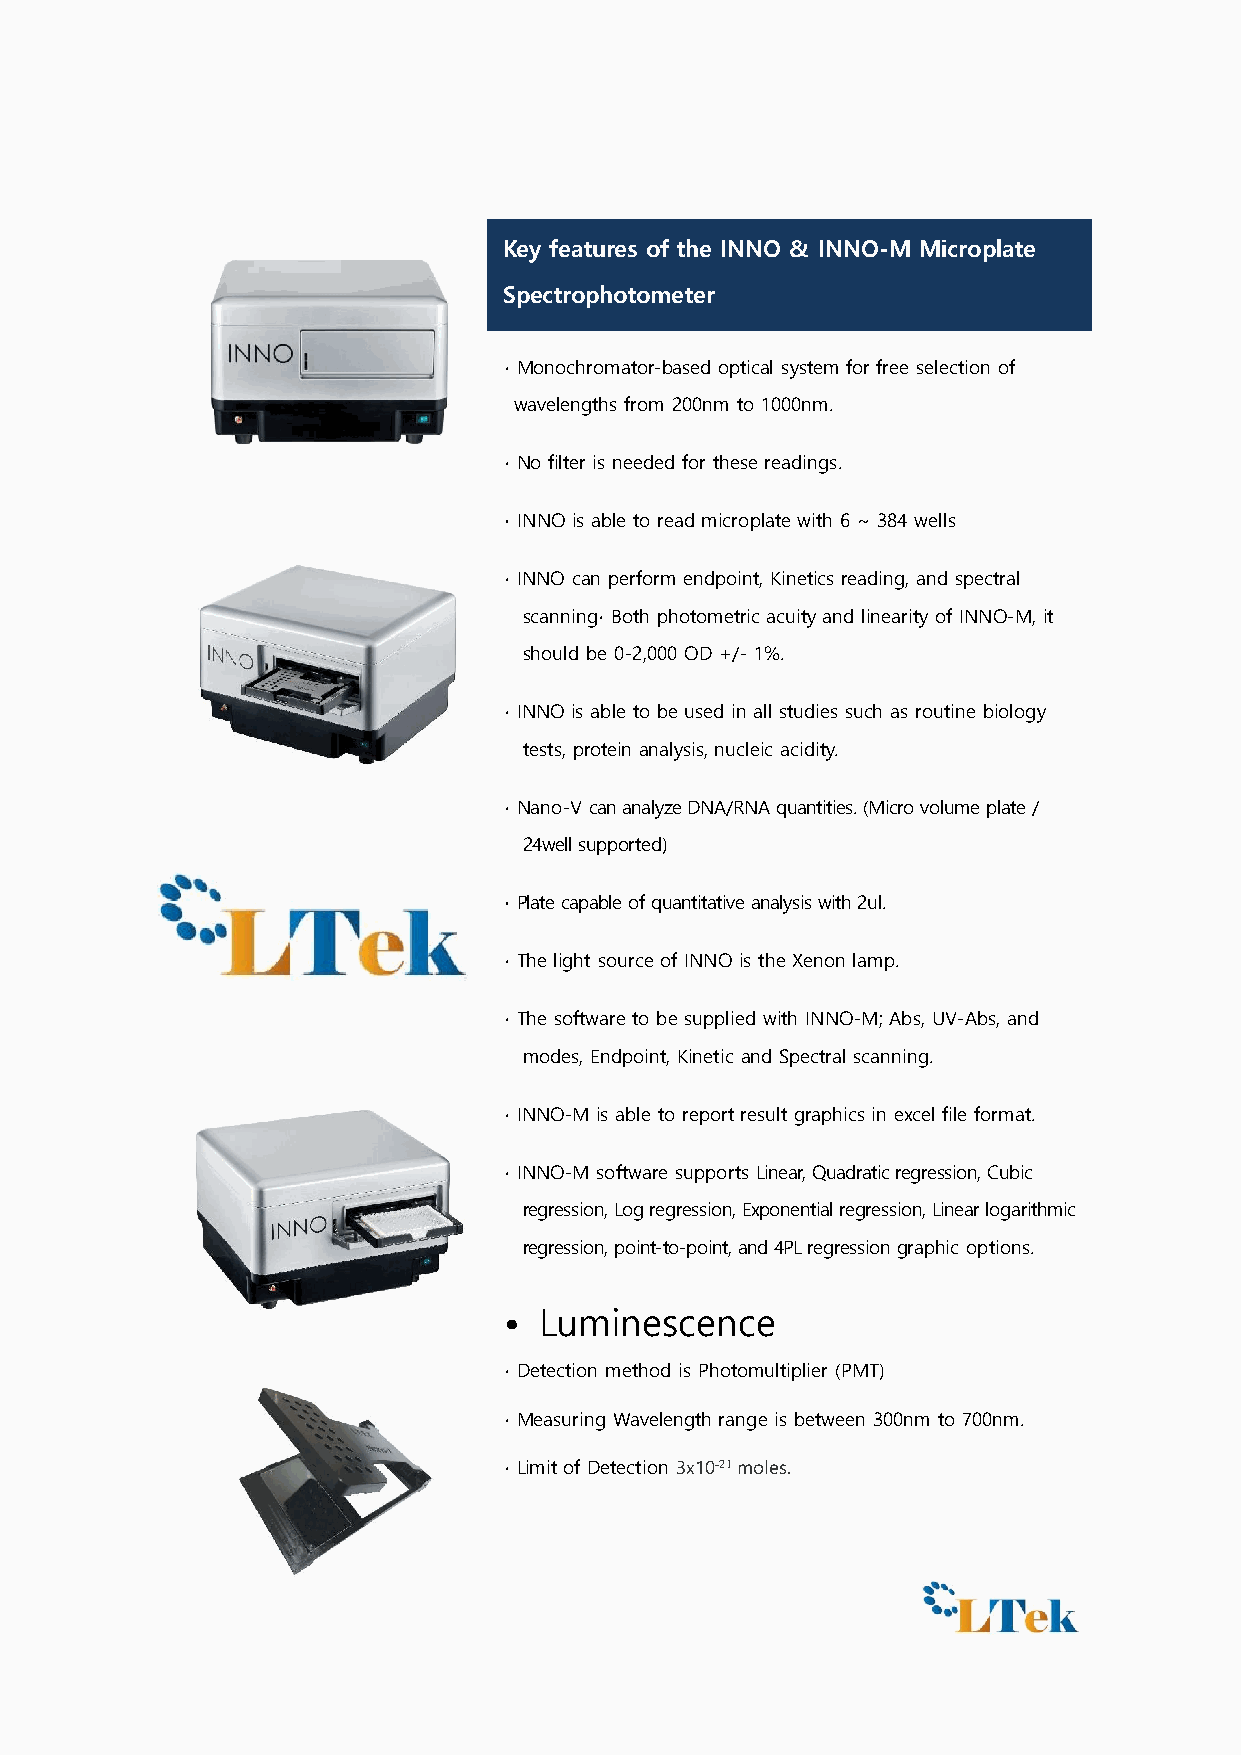
Key features of the INNO & INNO-M Microplate
 Spectrophotometer
 ∙ Monochromator-based optical system for free selection of
 wavelengths from 200nm to 1000nm.
 ∙ No filter is needed for these readings.
 ∙ INNO is able to read microplate with 6 ~ 384 wells
 ∙ INNO can perform endpoint, Kinetics reading, and spectral
 scanning∙ Both photometric acuity and linearity of INNO-M, it
 should be 0-2,000 OD +/- 1%.
 ∙ INNO is able to be used in all studies such as routine biology
 tests, protein analysis, nucleic acidity.
 ∙ Nano-V can analyze DNA/RNA quantities. (Micro volume plate /
 24well supported)
 ∙ Plate capable of quantitative analysis with 2ul.
 ∙ The light source of INNO is the Xenon lamp.
 ∙ The software to be supplied with INNO-M; Abs, UV-Abs, and
 modes, Endpoint, Kinetic and Spectral scanning.
 ∙ INNO-M is able to report result graphics in excel file format.
 ∙ INNO-M software supports Linear, Quadratic regression, Cubic
 regression, Log regression, Exponential regression, Linear logarithmic
 regression, point-to-point, and 4PL regression graphic options.
 •  Luminescence
 ∙ Detection method is Photomultiplier (PMT)
 ∙ Measuring Wavelength range is between 300nm to 700nm.
 ∙ Limit of Detection 3x10-21 moles.